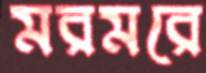
মরমরে